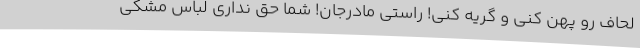
لحاف رو پهن کنی و گریه کنی! راستی مادرجان! شما حق نداری لباس مشکی